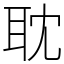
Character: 耽